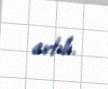
artıb.